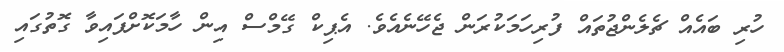
ހުރި ބައެއް ޗެލެންޖުތައް ފުރިހަމަކުރަން ޖެހޭނެއެވެ. އެޕިކް ގޭމްސް އިން ހާމަކޮށްފައިވާ ގޮތުގައި